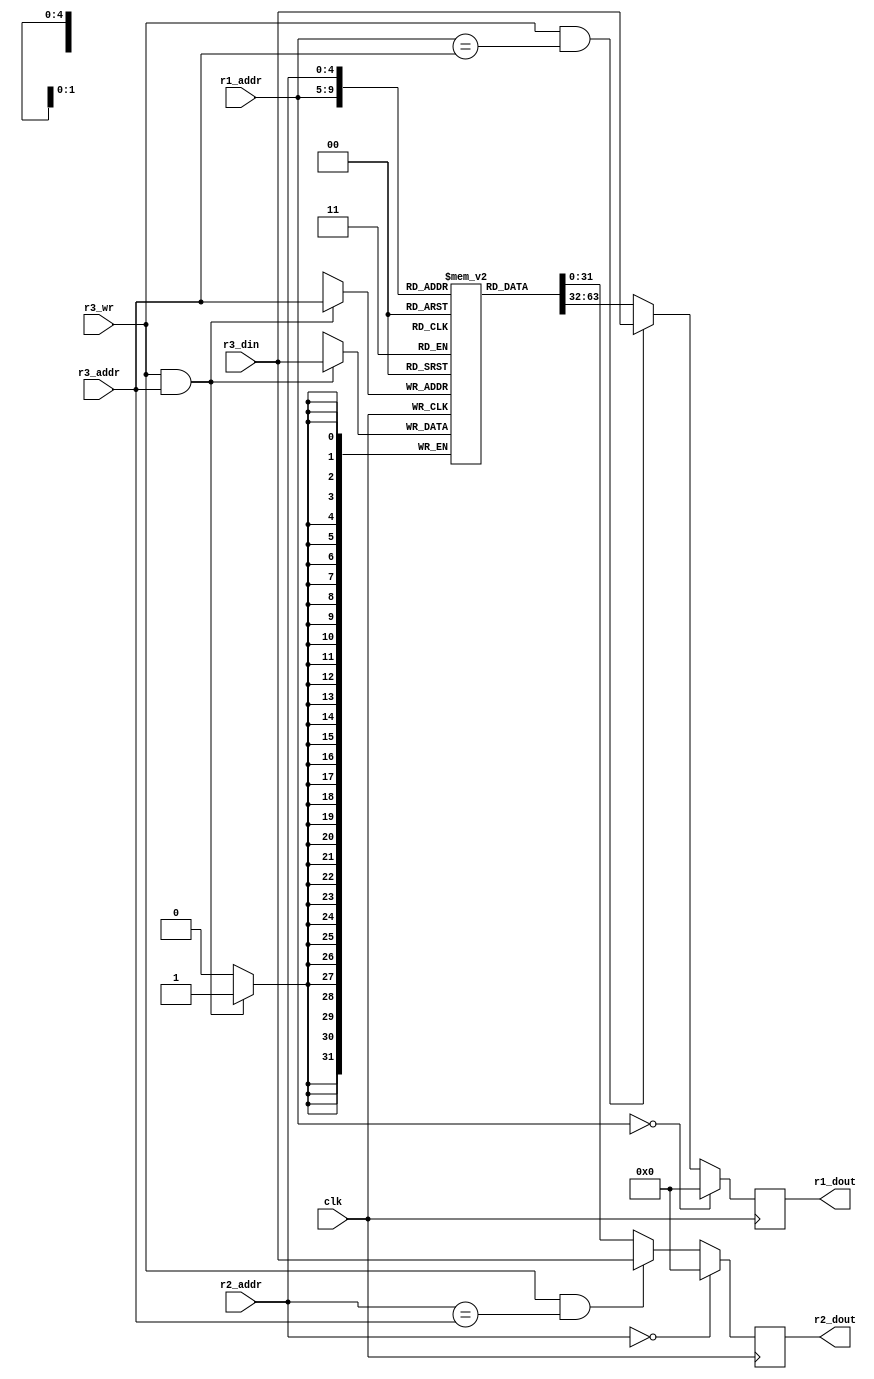
`timescale 1ns / 1ps
/*
 * Description:
 *
 * Dependencies:
 *
 * Revision:
 *
 */

module registers(
	output reg [31:0] r1_dout,
	output reg [31:0] r2_dout,
	input [4:0] r1_addr,
	input [4:0] r2_addr,
	input [4:0] r3_addr,
	input [31:0] r3_din,
	input r3_wr, clk
	);

	// register[0] is not used.
	reg [31:0] register[31:0];

	always @ (posedge clk)
	begin
		if (r3_wr && r3_addr)
			register[r3_addr] <= r3_din;

		if (r1_addr == 5'b0)
			r1_dout <= 32'b0;
		else if (r3_wr && r1_addr == r3_addr)
			r1_dout <= r3_din;
		else
			r1_dout <= register[r1_addr];

		if (r2_addr == 5'b0)
			r2_dout <= 32'b0;
		else if (r3_wr && r2_addr == r3_addr)
			r2_dout <= r3_din;
		else
			r2_dout <= register[r2_addr];
	end

endmodule